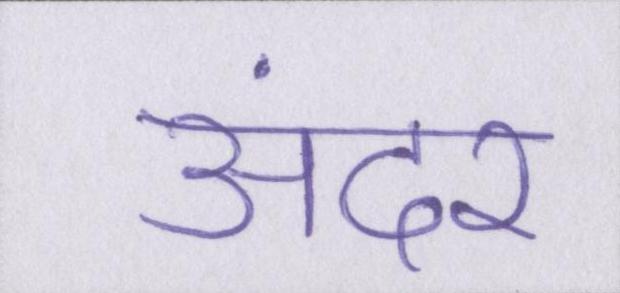
अंदर